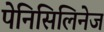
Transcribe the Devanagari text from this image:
पेनिसिलिनेज